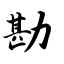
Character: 勘